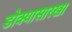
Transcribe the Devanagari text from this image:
डोक्यासारखा